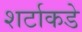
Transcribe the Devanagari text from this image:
शर्टाकडे